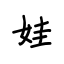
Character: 娃